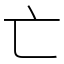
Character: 亡